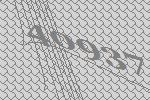
40937